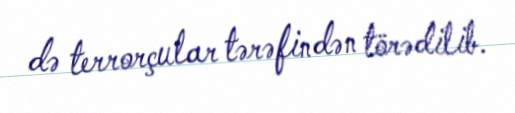
də terrorçular tərəfindən törədilib.